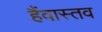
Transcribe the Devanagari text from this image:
हैंवास्तव